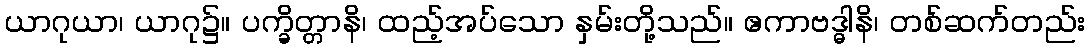
ယာဂုယာ၊ ယာဂု၌။ ပက္ခိတ္တာနိ၊ ထည့်အပ်သော နှမ်းတို့သည်။ ဧကာဗဒ္ဓါနိ၊ တစ်ဆက်တည်း